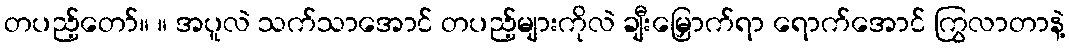
တပည့်တော်။ ။ အပူလဲ သက်သာအောင် တပည့်များကိုလဲ ချီးမြှောက်ရာ ရောက်အောင် ကြွလာတာနဲ့